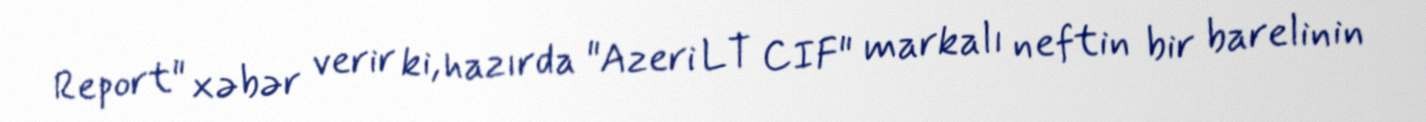
Report" xəbər verir ki, hazırda "Azeri LT CIF" markalı neftin bir barelinin